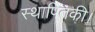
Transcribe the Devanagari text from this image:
स्थापितकी।